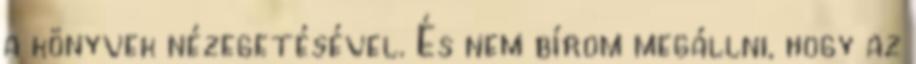
a könyvek nézegetésével. És nem bírom megállni, hogy az